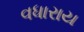
વધારાય